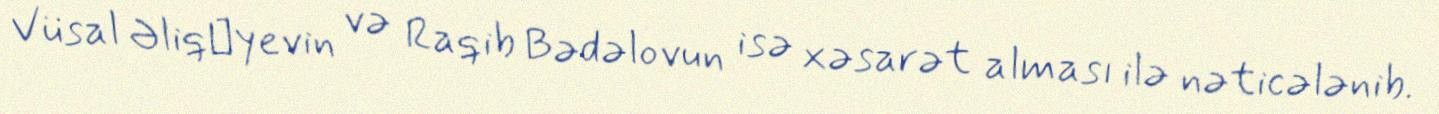
Vüsal Əliqаyevin və Raqib Bədəlovun isə xəsarət alması ilə nəticələnib.